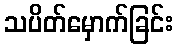
သပိတ်မှောက်ခြင်း